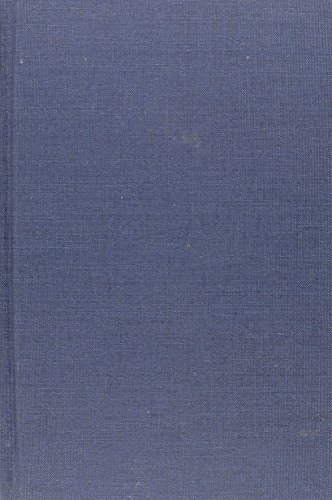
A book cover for Domestic Broils; Christian Books & Bibles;